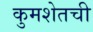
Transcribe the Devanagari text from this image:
कुमशेतची